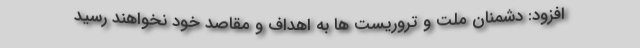
افزود: دشمنان ملت و تروریست ‌ها به اهداف و مقاصد خود نخواهند رسید